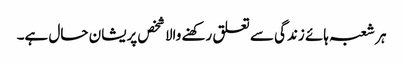
ہر شعبہ ہائے زندگی سے تعلق رکھنے والا شخص پریشان حال ہے۔